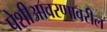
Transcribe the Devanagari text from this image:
पेशीआवरणावरील